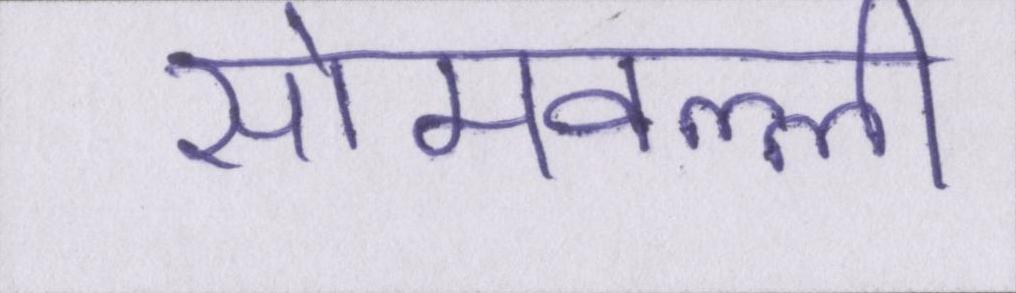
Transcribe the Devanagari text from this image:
सोमवल्ली